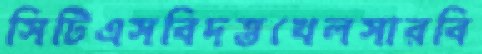
সিটিএসবিদত্তখেলসারবি